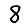
Digit: 8